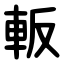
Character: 䡊